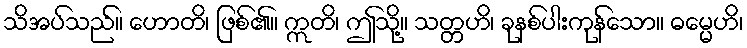
သိအပ်သည်။ ဟောတိ၊ ဖြစ်၏။ ဣတိ၊ ဤသို့။ သတ္တဟိ၊ ခုနစ်ပါးကုန်သော။ ဓမ္မေဟိ၊